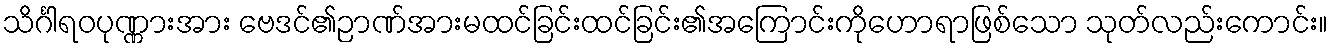
သိင်္ဂါရဝပုဏ္ဏားအား ဗေဒင်၏ဉာဏ်အားမထင်ခြင်းထင်ခြင်း၏အကြောင်းကိုဟောရာဖြစ်သော သုတ်လည်းကောင်း။